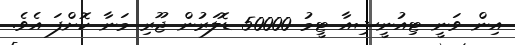
އިން ވަނީ ޓިއުނީޝިއާ ޓީމު 50000 ޑޮލަރުން ޖޫރި މަނާ ކޮށްފަ އެވެ.